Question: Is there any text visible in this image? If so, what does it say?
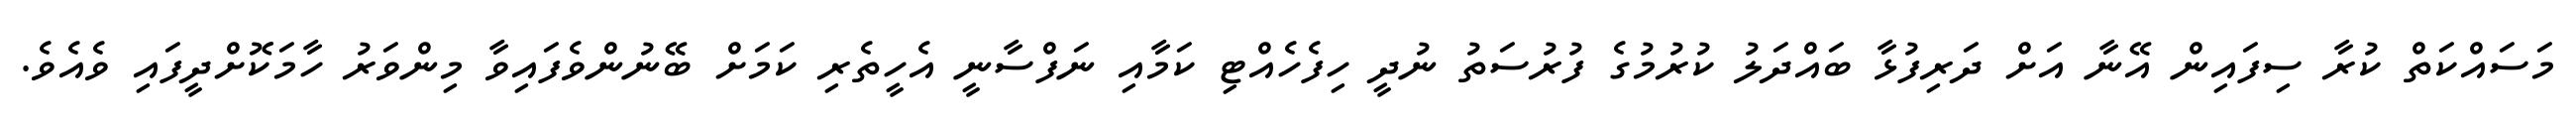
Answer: މަސައްކަތް ކުރާ ސިފައިން އޭނާ އަށް ދަރިފުޅާ ބައްދަލު ކުރުމުގެ ފުރުސަތު ނުދީ ހިފެހެއްޓި ކަމާއި ނަފްސާނީ އެހީތެރި ކަމަށް ބޭނުންވެފައިވާ މިންވަރު ހާމަކޮށްދީފައި ވެއެވެ.